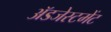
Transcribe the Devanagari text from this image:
ॲडजेस्टमेंट